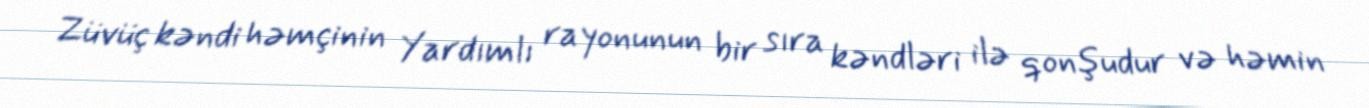
Züvüç kəndi həmçinin Yardımlı rayonunun bir sıra kəndləri ilə qonşudur və həmin